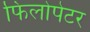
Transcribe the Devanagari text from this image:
फिलोपेटर